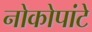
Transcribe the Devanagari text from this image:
नोकोपांटे